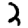
Digit: 2